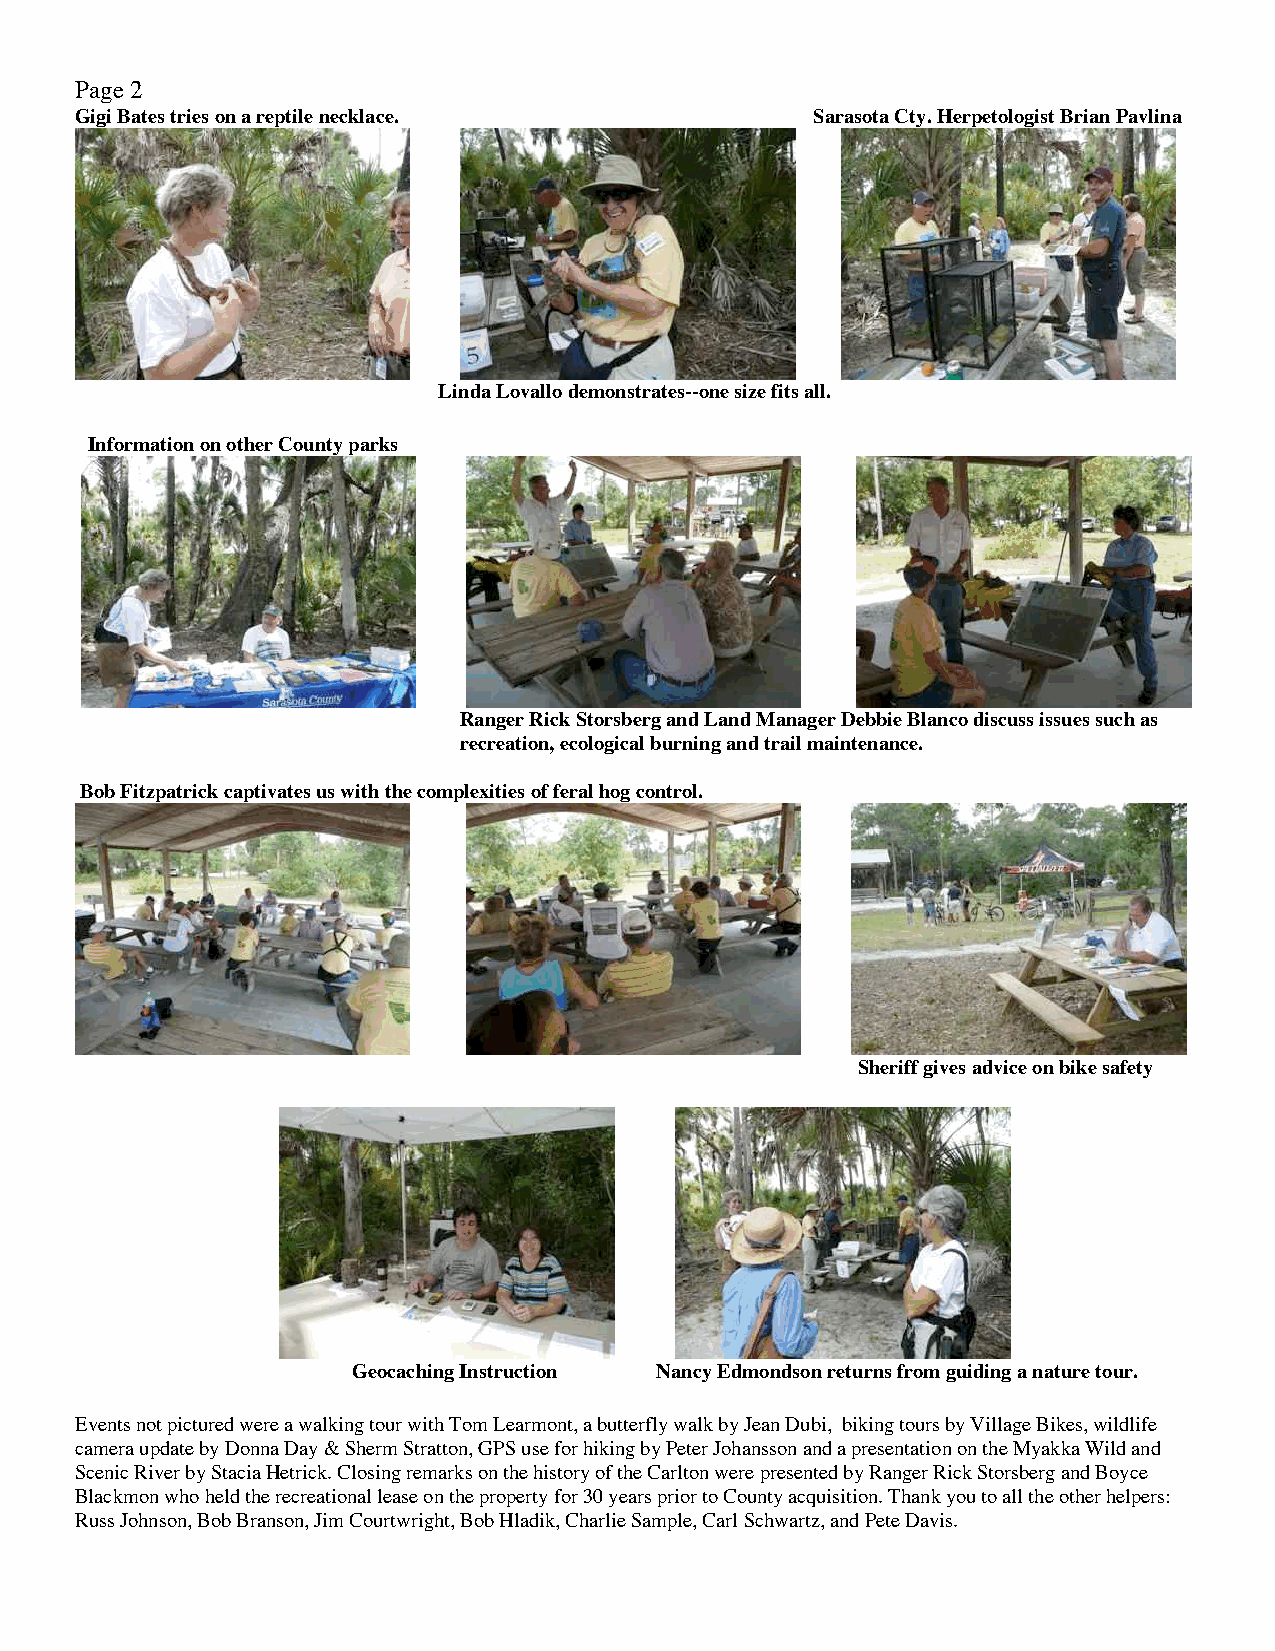
Page 2
 Gigi Bates tries on a reptile necklace.          Sarasota Cty. Herpetologist Brian Pavlina
 Linda Lovallo demonstrates--one size fits all.
 Information on other County parks
 Ranger Rick Storsberg and Land Manager Debbie Blanco discuss issues such as
 recreation, ecological burning and trail maintenance.
 Bob Fitzpatrick captivates us with the complexities of feral hog control.
 Sheriff gives advice on bike safety
 Geocaching Instruction Nancy Edmondson returns from guiding a nature tour.
 Events not pictured were a walking tour with Tom Learmont, a butterfly walk by Jean Dubi, biking tours by Village Bikes, wildlife
 camera update by Donna Day & Sherm Stratton, GPS use for hiking by Peter Johansson and a presentation on the Myakka Wild and
 Scenic River by Stacia Hetrick. Closing remarks on the history of the Carlton were presented by Ranger Rick Storsberg and Boyce
 Blackmon who held the recreational lease on the property for 30 years prior to County acquisition. Thank you to all the other helpers:
 Russ Johnson, Bob Branson, Jim Courtwright, Bob Hladik, Charlie Sample, Carl Schwartz, and Pete Davis.